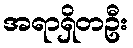
အရာရှိတဦး